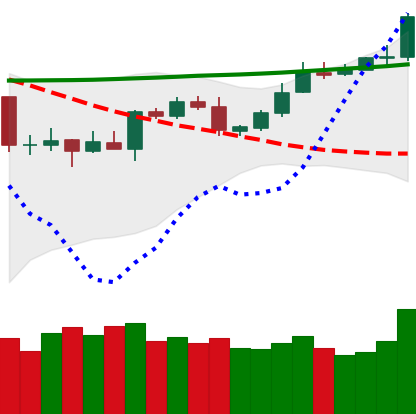
Ticker: XMR-USD
Chart end date: 2020-04-29
Forward return: -7.956%
Label: down_7plus